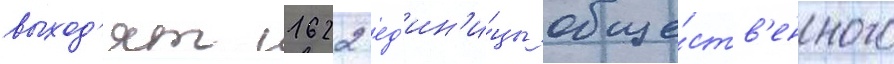
выход'ят 1622 ед'ин'и́цы обще́ств'енного